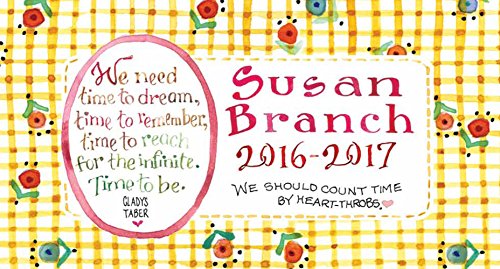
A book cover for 2016-2017 Susan Branch 2 Year Pocket Calendar; Susan Branch; Calendars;